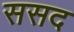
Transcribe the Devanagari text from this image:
ससद